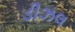
ડીઝલ